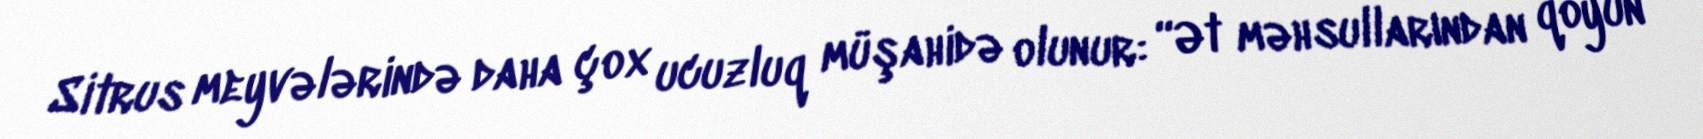
Sitrus meyvələrində daha çox ucuzluq müşahidə olunur: “Ət məhsullarından qoyun